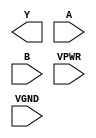
module sky130_fd_sc_hs__xnor2 (
    Y   ,
    A   ,
    B   ,
    VPWR,
    VGND
);

    output Y   ;
    input  A   ;
    input  B   ;
    input  VPWR;
    input  VGND;
endmodule